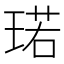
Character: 𪻷